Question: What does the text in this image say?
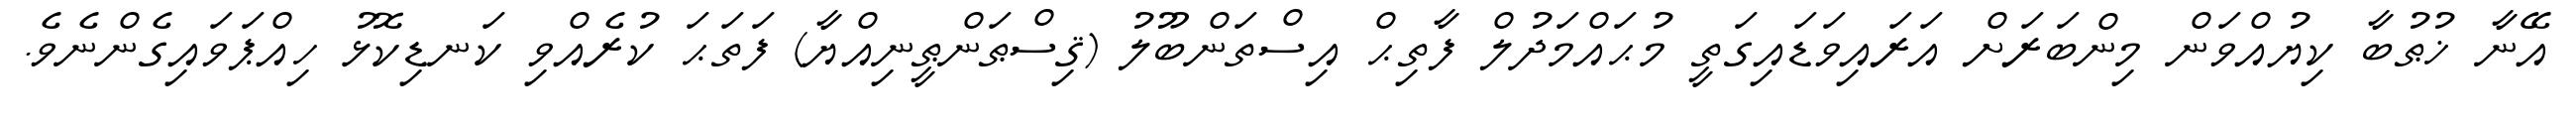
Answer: އޭނާ ޚުޠުބާ ކިޔުއްވަން މިންބަރަށް އަރައިވަޑައިގަތީ މުޙައްމަދުލް ފާތިޙް އިސްތަންބޫލު (ޤިސްޠަންޠީނިއްޔާ) ފަތަޙަ ކުރެއްވި ކަނޑިކޮޅު ހިއްޕަވައިގެންނެވެ.